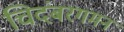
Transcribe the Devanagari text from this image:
चिदंबरगमन